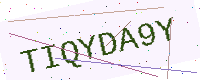
Text: TIQYDA9Y